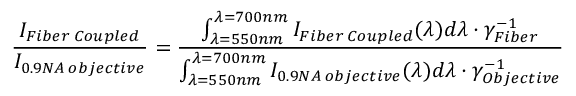
\frac { I _ { F i b e r \: C o u p l e d } } { I _ { 0 . 9 N A \: o b j e c t i v e } } = \frac { \int _ { \lambda = 5 5 0 n m } ^ { \lambda = 7 0 0 n m } I _ { F i b e r \: C o u p l e d } ( \lambda ) d \lambda \cdot \gamma _ { F i b e r } ^ { - 1 } } { \int _ { \lambda = 5 5 0 n m } ^ { \lambda = 7 0 0 n m } I _ { 0 . 9 N A \: o b j e c t i v e } ( \lambda ) d \lambda \cdot \gamma _ { O b j e c t i v e } ^ { - 1 } }